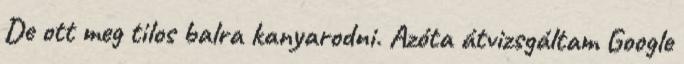
De ott meg tilos balra kanyarodni. Azóta átvizsgáltam Google